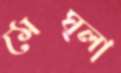
মেঘ্লা